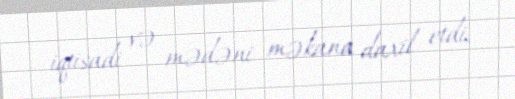
iqtisadi və mədəni məkana daxil etdi.